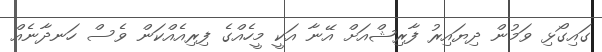
ގައިގޯޅި ވަމުން ދިޔައިރު ފާރިޝްއަށް އޭނާ އަކީ މީހެއްގެ ފިރިއެއްކަން ވެސް ހަނދާނެއް